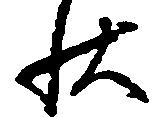
状